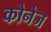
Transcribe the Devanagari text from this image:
कोनेज